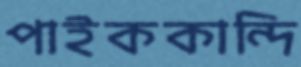
পাইককান্দি